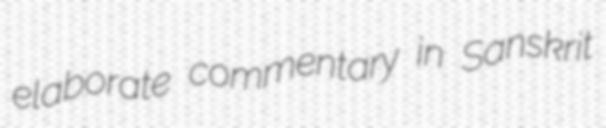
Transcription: elaborate commentary in Sanskrit